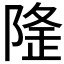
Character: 𨺼